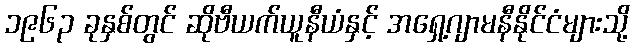
၁၉၆၃ ခုနှစ်တွင် ဆိုဗီယက်ယူနီယံနှင့် အရှေ့ဂျာမနီနိုင်ငံများသို့